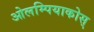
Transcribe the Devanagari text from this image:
ओलम्पियाकोस्